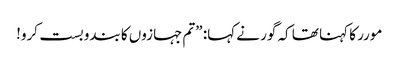
مورر کا کہنا تھا کہ گور نے کہا: ”تم جہازوں کا بندوبست کرو!